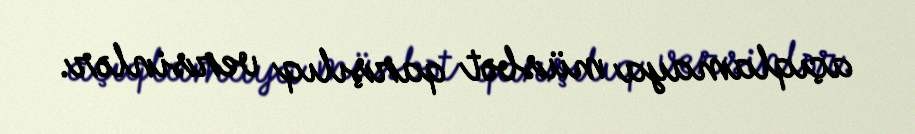
açıqlamaya müsbət qarşılıq versinlər.